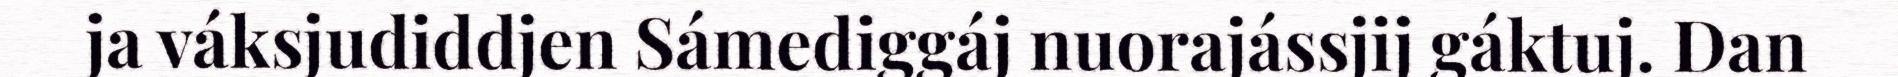
ja váksjudiddjen Sámediggáj nuorajássjij gáktuj. Dan